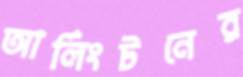
আর্লিংটনের